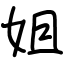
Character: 姐